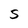
Character: S